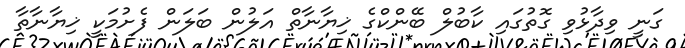
ގަނީ ވިދާޅުވި ގޮތުގައި ކާބުލް ބޭންކްގެ ޚިޔާނާތް އަލުން ބަލަން ފެށުމަކީ ޚިޔާނާތާ